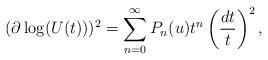
LaTeX: \begin{gather*}(\partial \log(U(t)))^2=\sum\limits_{n=0}^{\infty} P_{n}(u)t^{n}\left(\frac{dt}{t}\right)^2,\end{gather*}